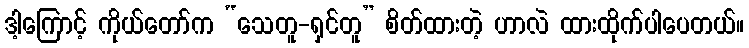
ဒါ့ကြောင့် ကိုယ်တော်က “သေတူ-ရှင်တူ” စိတ်ထားတဲ့ ဟာလဲ ထားထိုက်ပါပေတယ်။